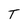
Character: T